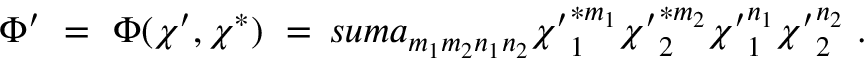
\Phi ^ { \prime } \ = \ \Phi ( \chi ^ { \prime } , \chi ^ { * } ) \ = \, s u m a _ { m _ { 1 } m _ { 2 } n _ { 1 } n _ { 2 } } { \chi ^ { \prime } } _ { 1 } ^ { * m _ { 1 } } { \chi ^ { \prime } } _ { 2 } ^ { * m _ { 2 } } { \chi ^ { \prime } } _ { 1 } ^ { n _ { 1 } } { \chi ^ { \prime } } _ { 2 } ^ { n _ { 2 } } \ .